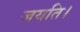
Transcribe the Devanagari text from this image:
जयति।